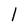
Character: 1